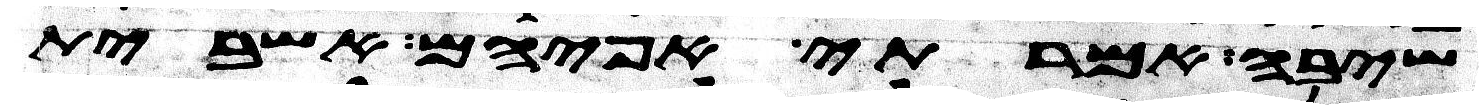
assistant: שיבה אמרתי אפי הם אשבית